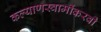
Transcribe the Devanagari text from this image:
कल्याणस्वामींकरवी